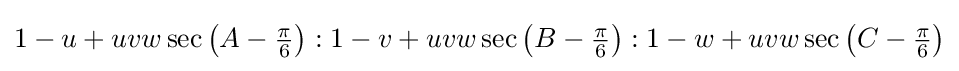
1-u+uvw\sec \left(A-{\tfrac {\pi }{6}}\right):1-v+uvw\sec \left(B-{\tfrac {\pi }{6}}\right):1-w+uvw\sec \left(C-{\tfrac {\pi }{6}}\right)